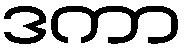
ဒကာ